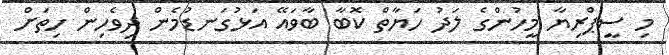
މި ސީޕްރިޔާ މީހުންގެ ލަދު ހަޔާތް ކޮބާ ބާވައޭ އަޅުގަނޑުމެން ދިވެހިން ހިތަށް